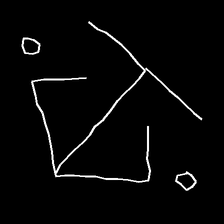
Glyph: earth